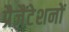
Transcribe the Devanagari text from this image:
प्रैजैंटेशनों